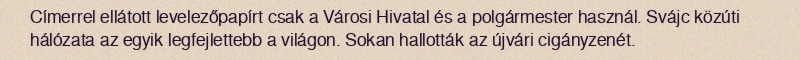
Címerrel ellátott levelezőpapírt csak a Városi Hivatal és a polgármester használ. Svájc közúti hálózata az egyik legfejlettebb a világon. Sokan hallották az újvári cigányzenét.